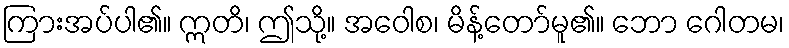
ကြားအပ်ပါ၏။ ဣတိ၊ ဤသို့။ အဝေါစ၊ မိန့်တော်မူ၏။ ဘော ဂေါတမ၊